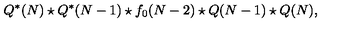
Q ^ { * } ( N ) \star Q ^ { * } ( N - 1 ) \star f _ { 0 } ( N - 2 ) \star Q ( N - 1 ) \star Q ( N ) ,